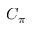
C _ { \pi }